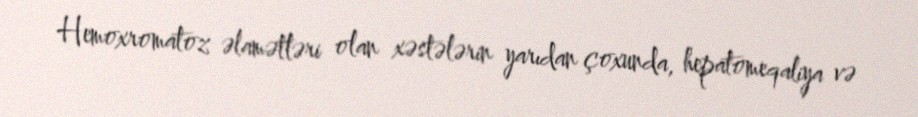
Hemoxromatoz əlamətləri olan xəstələrin yarıdan çoxunda, hepatomeqaliya və